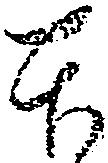
本